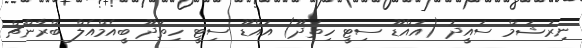
ނިރުޝަމް ސައީދު (އައްޑޫ ސިޓީ ހިތަދޫ) އައްޑޫ ސިޓީ ހިތަދޫ ބީއެމްއެލް ބްރާންޗް